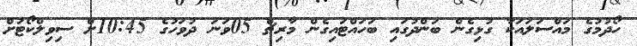
ހޯދުމުގެ މައްސަލައަކާ ގުޅިގެން ބަންދުގައި ބަހައްޓައިގެން މާރިޗް 05ވަނަ ދުވަހުގެ 10:45ށް ސިވިލްކޯޓަށް